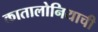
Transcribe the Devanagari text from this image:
कातालोनियाची